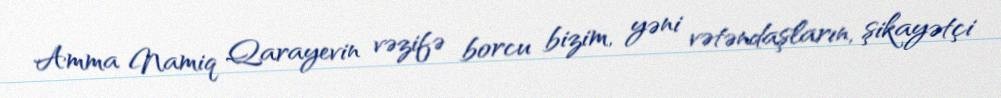
Amma Namiq Qarayevin vəzifə borcu bizim, yəni vətəndaşların, şikayətçi